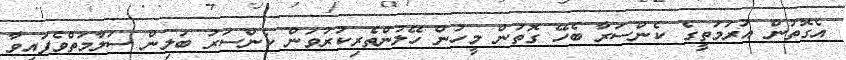
އެގޮތުން އުރަމަތީގެ ކެންސަރާ ބެހޭ ގޮތުން މީހުން ހޭލުންތެރިކުރުވަން ކެންސަރު ބަލިން ސަލާމަތްވެފައިވާ